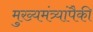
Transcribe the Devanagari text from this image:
मुख्यमंत्र्यांपैकी